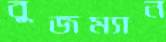
বুজম্যান